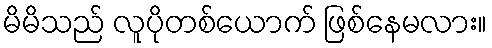
မိမိသည် လူပိုတစ်ယောက် ဖြစ်နေမလား။